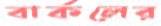
বার্কলের